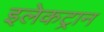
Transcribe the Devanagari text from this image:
इलेकट्रान